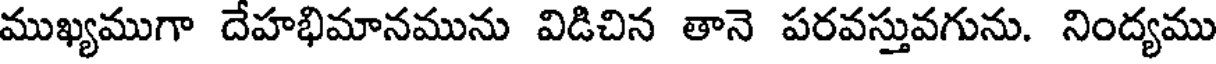
ముఖ్యముగా దేహభిమానమును విడిచిన తానె పరవస్తువగును. నింద్యము